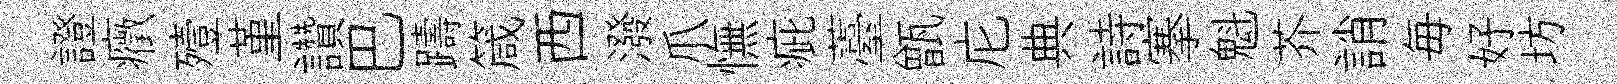
證癥殪堇讚巴躊箴西潑爪憮疵薹甑庀典詩搴魁芥誚毎好坊